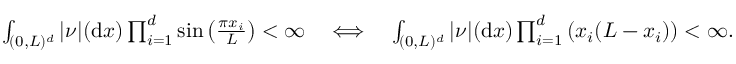
\begin{array} { r } { \int _ { ( 0 , L ) ^ { d } } | \nu | ( \ensuremath { \mathrm { d } } x ) \prod _ { i = 1 } ^ { d } \sin \left( \frac { \pi x _ { i } } { L } \right) < \infty \quad \Longleftrightarrow \quad \int _ { ( 0 , L ) ^ { d } } | \nu | ( \ensuremath { \mathrm { d } } x ) \prod _ { i = 1 } ^ { d } \left( x _ { i } ( L - x _ { i } ) \right) < \infty . } \end{array}